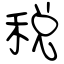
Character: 税